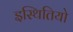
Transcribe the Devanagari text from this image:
इस्थितियो